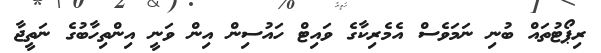
ރިޕޯޓުތައް ބުނި ނަމަވެސް އެމެރިކާގެ ވައިޓް ހައުސިން އިން ވަނީ އިންތިހާބުގެ ނަތީޖާ